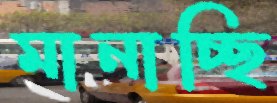
মানাচ্ছি